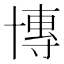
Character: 𫧤